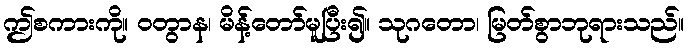
ဤစကားကို။ ဝတွာန၊ မိန့်တော်မူပြီး၍။ သုဂတော၊ မြတ်စွာဘုရားသည်။